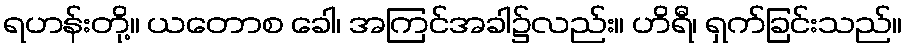
ရဟန်းတို့။ ယတောစ ခေါ၊ အကြင်အခါ၌လည်း။ ဟိရီ၊ ရှက်ခြင်းသည်။